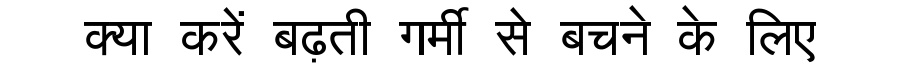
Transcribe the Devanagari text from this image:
क्या करें बढ़ती गर्मी से बचने के लिए